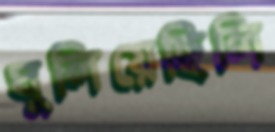
ঘুলিয়েছিলি